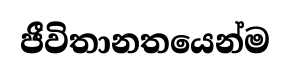
ජීවිතානතයෙන්ම